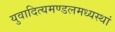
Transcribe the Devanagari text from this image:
युवादित्यमण्डलमध्यस्थां